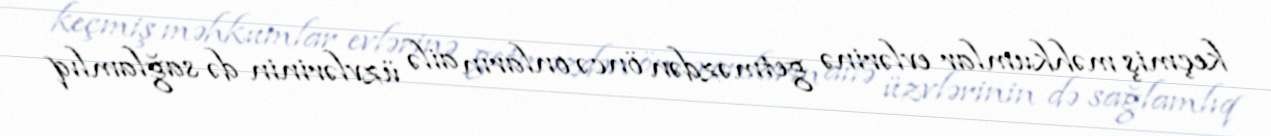
keçmiş məhkumlar evlərinə getməzdən öncə onların ailə üzvlərinin də sağlamlıq